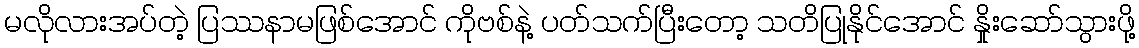
မလိုလားအပ်တဲ့ ပြဿနာမဖြစ်အောင် ကိုဗစ်နဲ့ ပတ်သက်ပြီးတော့ သတိပြုနိုင်အောင် နှိုးဆော်သွားဖို့